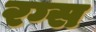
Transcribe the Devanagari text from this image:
रग्स